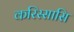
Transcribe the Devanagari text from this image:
करिस्सासि